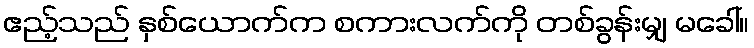
ဧည့်သည် နှစ်ယောက်က စကားလက်ကို တစ်ခွန်းမျှ မခေါ်။